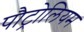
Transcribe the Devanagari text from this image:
पौट्रोलियम